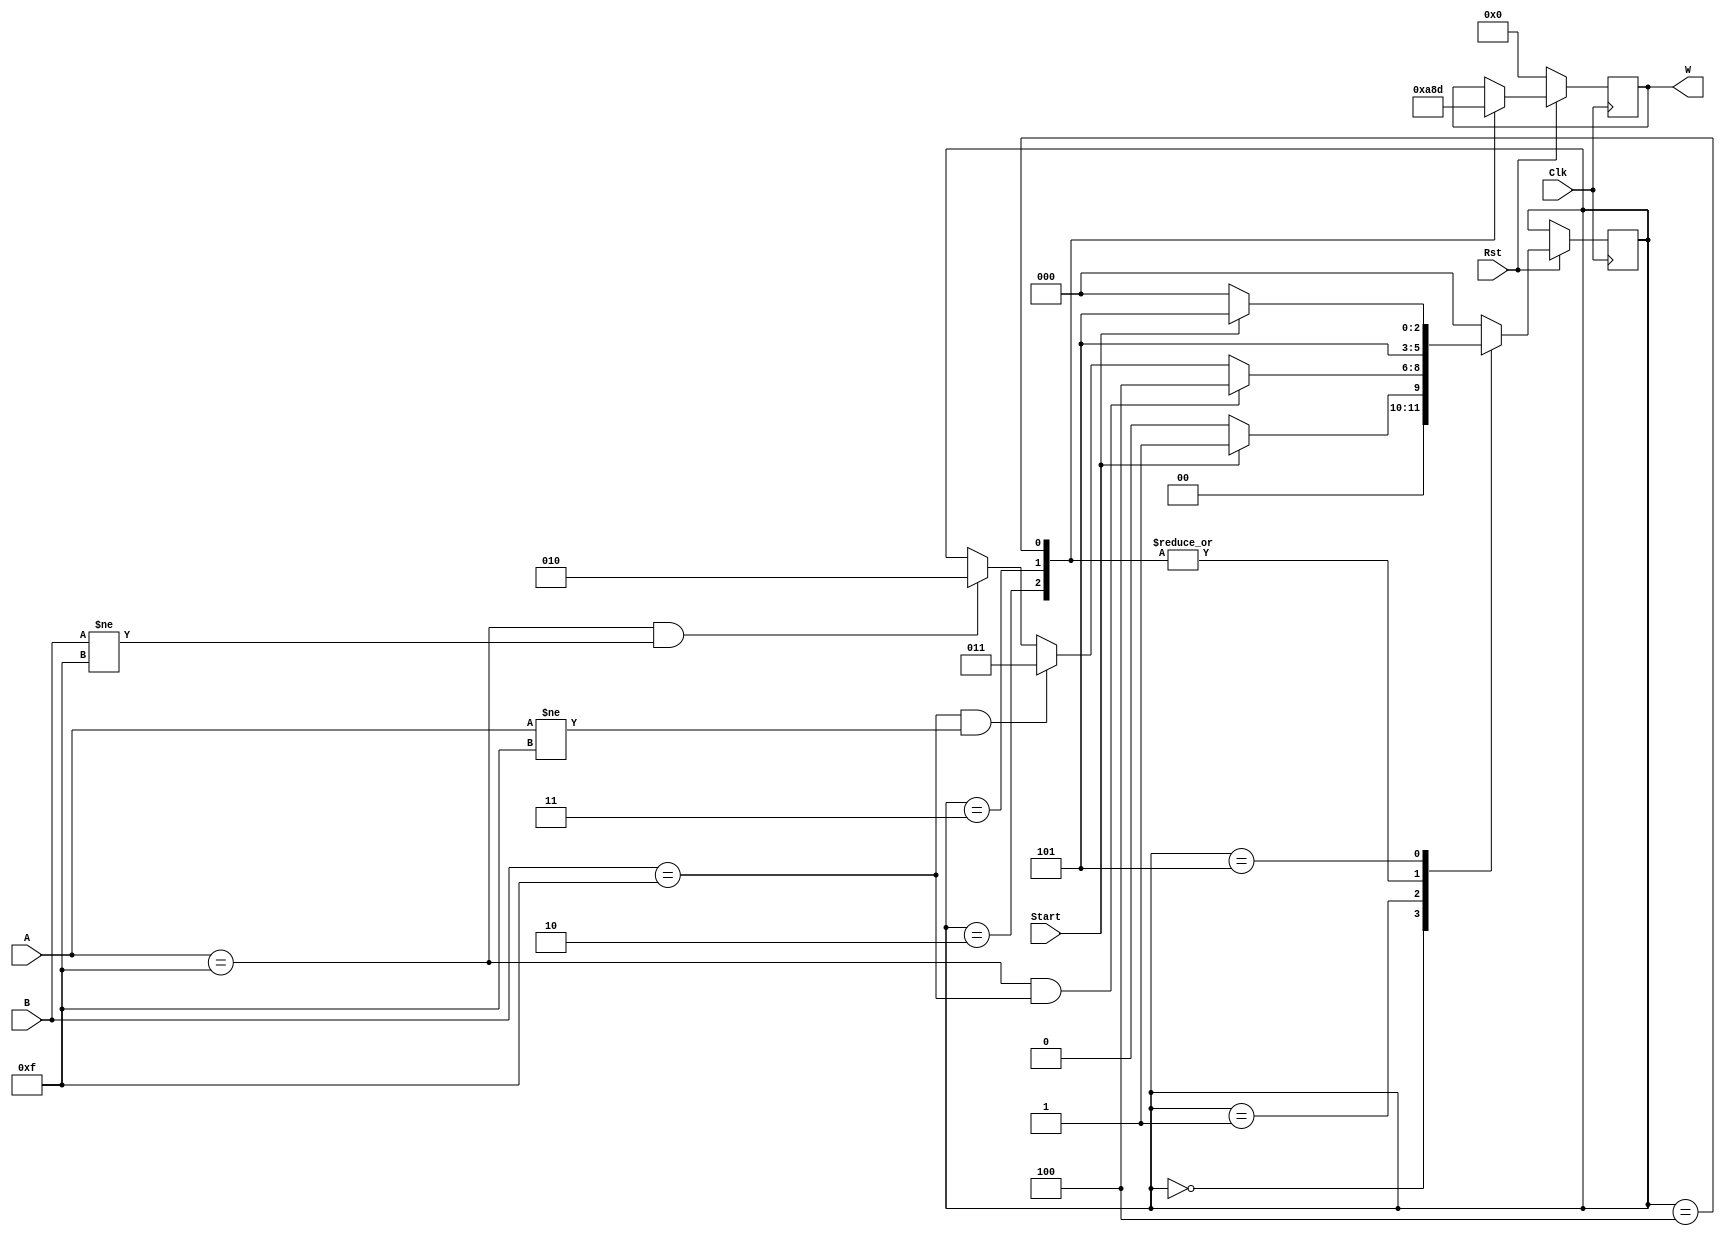
module Checker(A,B,Start,W,Clk,Rst);
input [3:0] A,B;
input Clk,Rst,Start;
output [3:0] W;
reg [3:0] W;
reg [2:0]State;
parameter INIT=0,WINNER=1,AWINS=2,BWINS=3,DRAW=4,WAIT=5;
always@(posedge Clk)
 begin
 if (Rst==1)
  begin
  case(State)
 INIT:
  begin
    if(Start==1)
     begin
      State<=WINNER;
     end
     else
      begin
       State<=INIT;
      end
  end
 WINNER:
  begin  
   if (A==4'b 1111&&B!=4'b1111)
     begin
      State<=AWINS;
      end
   if (B==4'b 1111&&A!=4'b1111)
     begin
       State<=BWINS;
      end
   if (A==4'b 1111&&B==4'b1111)
     begin
       State<=DRAW;
     end
  end
 AWINS:
  begin
   W<=4'b1010;
   State<=WAIT;
  end
 BWINS:
  begin
   W<=4'b1000;
   State<=WAIT;
  end
 DRAW:
  begin
   W<=4'b1101;
   State<=WAIT;
  end
 WAIT:
  begin
   if(Start==0)
    begin
     State<=INIT;
    end
   else
    begin
     State<=WAIT;
     end
   end
  default:begin
    State<=INIT;
    end
  endcase
 end
 else
  if (Rst==0)
    begin
     W<= 4'b 0000;
    end
 end
endmodule